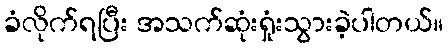
ခံလိုက်ရပြီး အသက်ဆုံးရှုံးသွားခဲ့ပါတယ်။